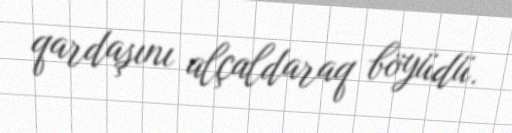
qardaşını alçaldaraq böyüdü.